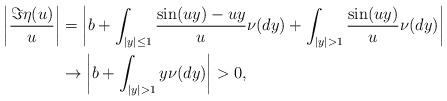
LaTeX: \begin{align*}\left|\frac{\Im\eta(u)}{u}\right|&=\left|b + \int_{|y|\leq1}\frac{\sin(uy)-uy}{u}\nu(dy) +\int_{|y|>1}\frac{\sin(uy)}{u}\nu(dy)\right|\\&\to \left| b+\int_{|y|>1}y\nu(dy)\right| >0,\end{align*}